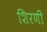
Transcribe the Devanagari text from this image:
शिरणी